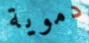
دموية